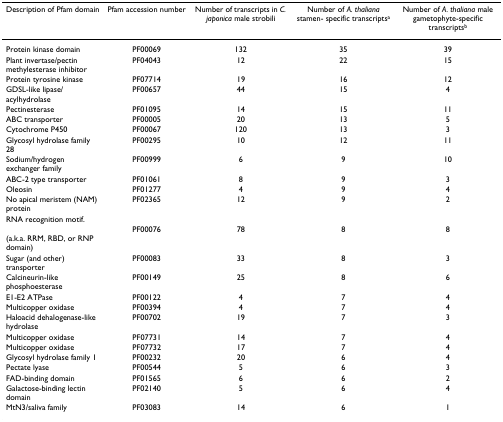
| Description of Pfam domain | Pfam accession number | Number of transcripts in C. japonica male strobili | Number of A. thaliana stamen- specific transcriptsa | Number of A. thaliana male gametophyte-specific transcriptsb |
 | --- | --- | --- | --- | --- |
 | Protein kinase domain | PF00069 | 132 | 35 | 39 |
 | Plant invertase/pectin methylesterase inhibitor | PF04043 | 12 | 22 | 15 |
 | Protein tyrosine kinase | PF07714 | 19 | 16 | 12 |
 | GDSL-like lipase/acylhydrolase | PF00657 | 44 | 15 | 4 |
 | Pectinesterase | PF01095 | 14 | 15 | 11 |
 | ABC transporter | PF00005 | 20 | 13 | 5 |
 | Cytochrome P450 | PF00067 | 120 | 13 | 3 |
 | Glycosyl hydrolase family 28 | PF00295 | 10 | 12 | 11 |
 | Sodium/hydrogen exchanger family | PF00999 | 6 | 9 | 10 |
 | ABC-2 type transporter | PF01061 | 8 | 9 | 3 |
 | Oleosin | PF01277 | 4 | 9 | 4 |
 | No apical meristem (NAM) protein | PF02365 | 12 | 9 | 2 |
 | RNA recognition motif. |  |  |  |  |
 | (a.k.a. RRM, RBD, or RNP domain) | PF00076 | 78 | 8 | 8 |
 | Sugar (and other) transporter | PF00083 | 33 | 8 | 3 |
 | Calcineurin-like phosphoesterase | PF00149 | 25 | 8 | 6 |
 | E1-E2 ATPase | PF00122 | 4 | 7 | 4 |
 | Multicopper oxidase | PF00394 | 4 | 7 | 4 |
 | Haloacid dehalogenase-like hydrolase | PF00702 | 19 | 7 | 3 |
 | Multicopper oxidase | PF07731 | 14 | 7 | 4 |
 | Multicopper oxidase | PF07732 | 17 | 7 | 4 |
 | Glycosyl hydrolase family 1 | PF00232 | 20 | 6 | 4 |
 | Pectate lyase | PF00544 | 5 | 6 | 3 |
 | FAD-binding domain | PF01565 | 6 | 6 | 2 |
 | Galactose-binding lectin domain | PF02140 | 5 | 6 | 4 |
 | MtN3/saliva family | PF03083 | 14 | 6 | 1 |